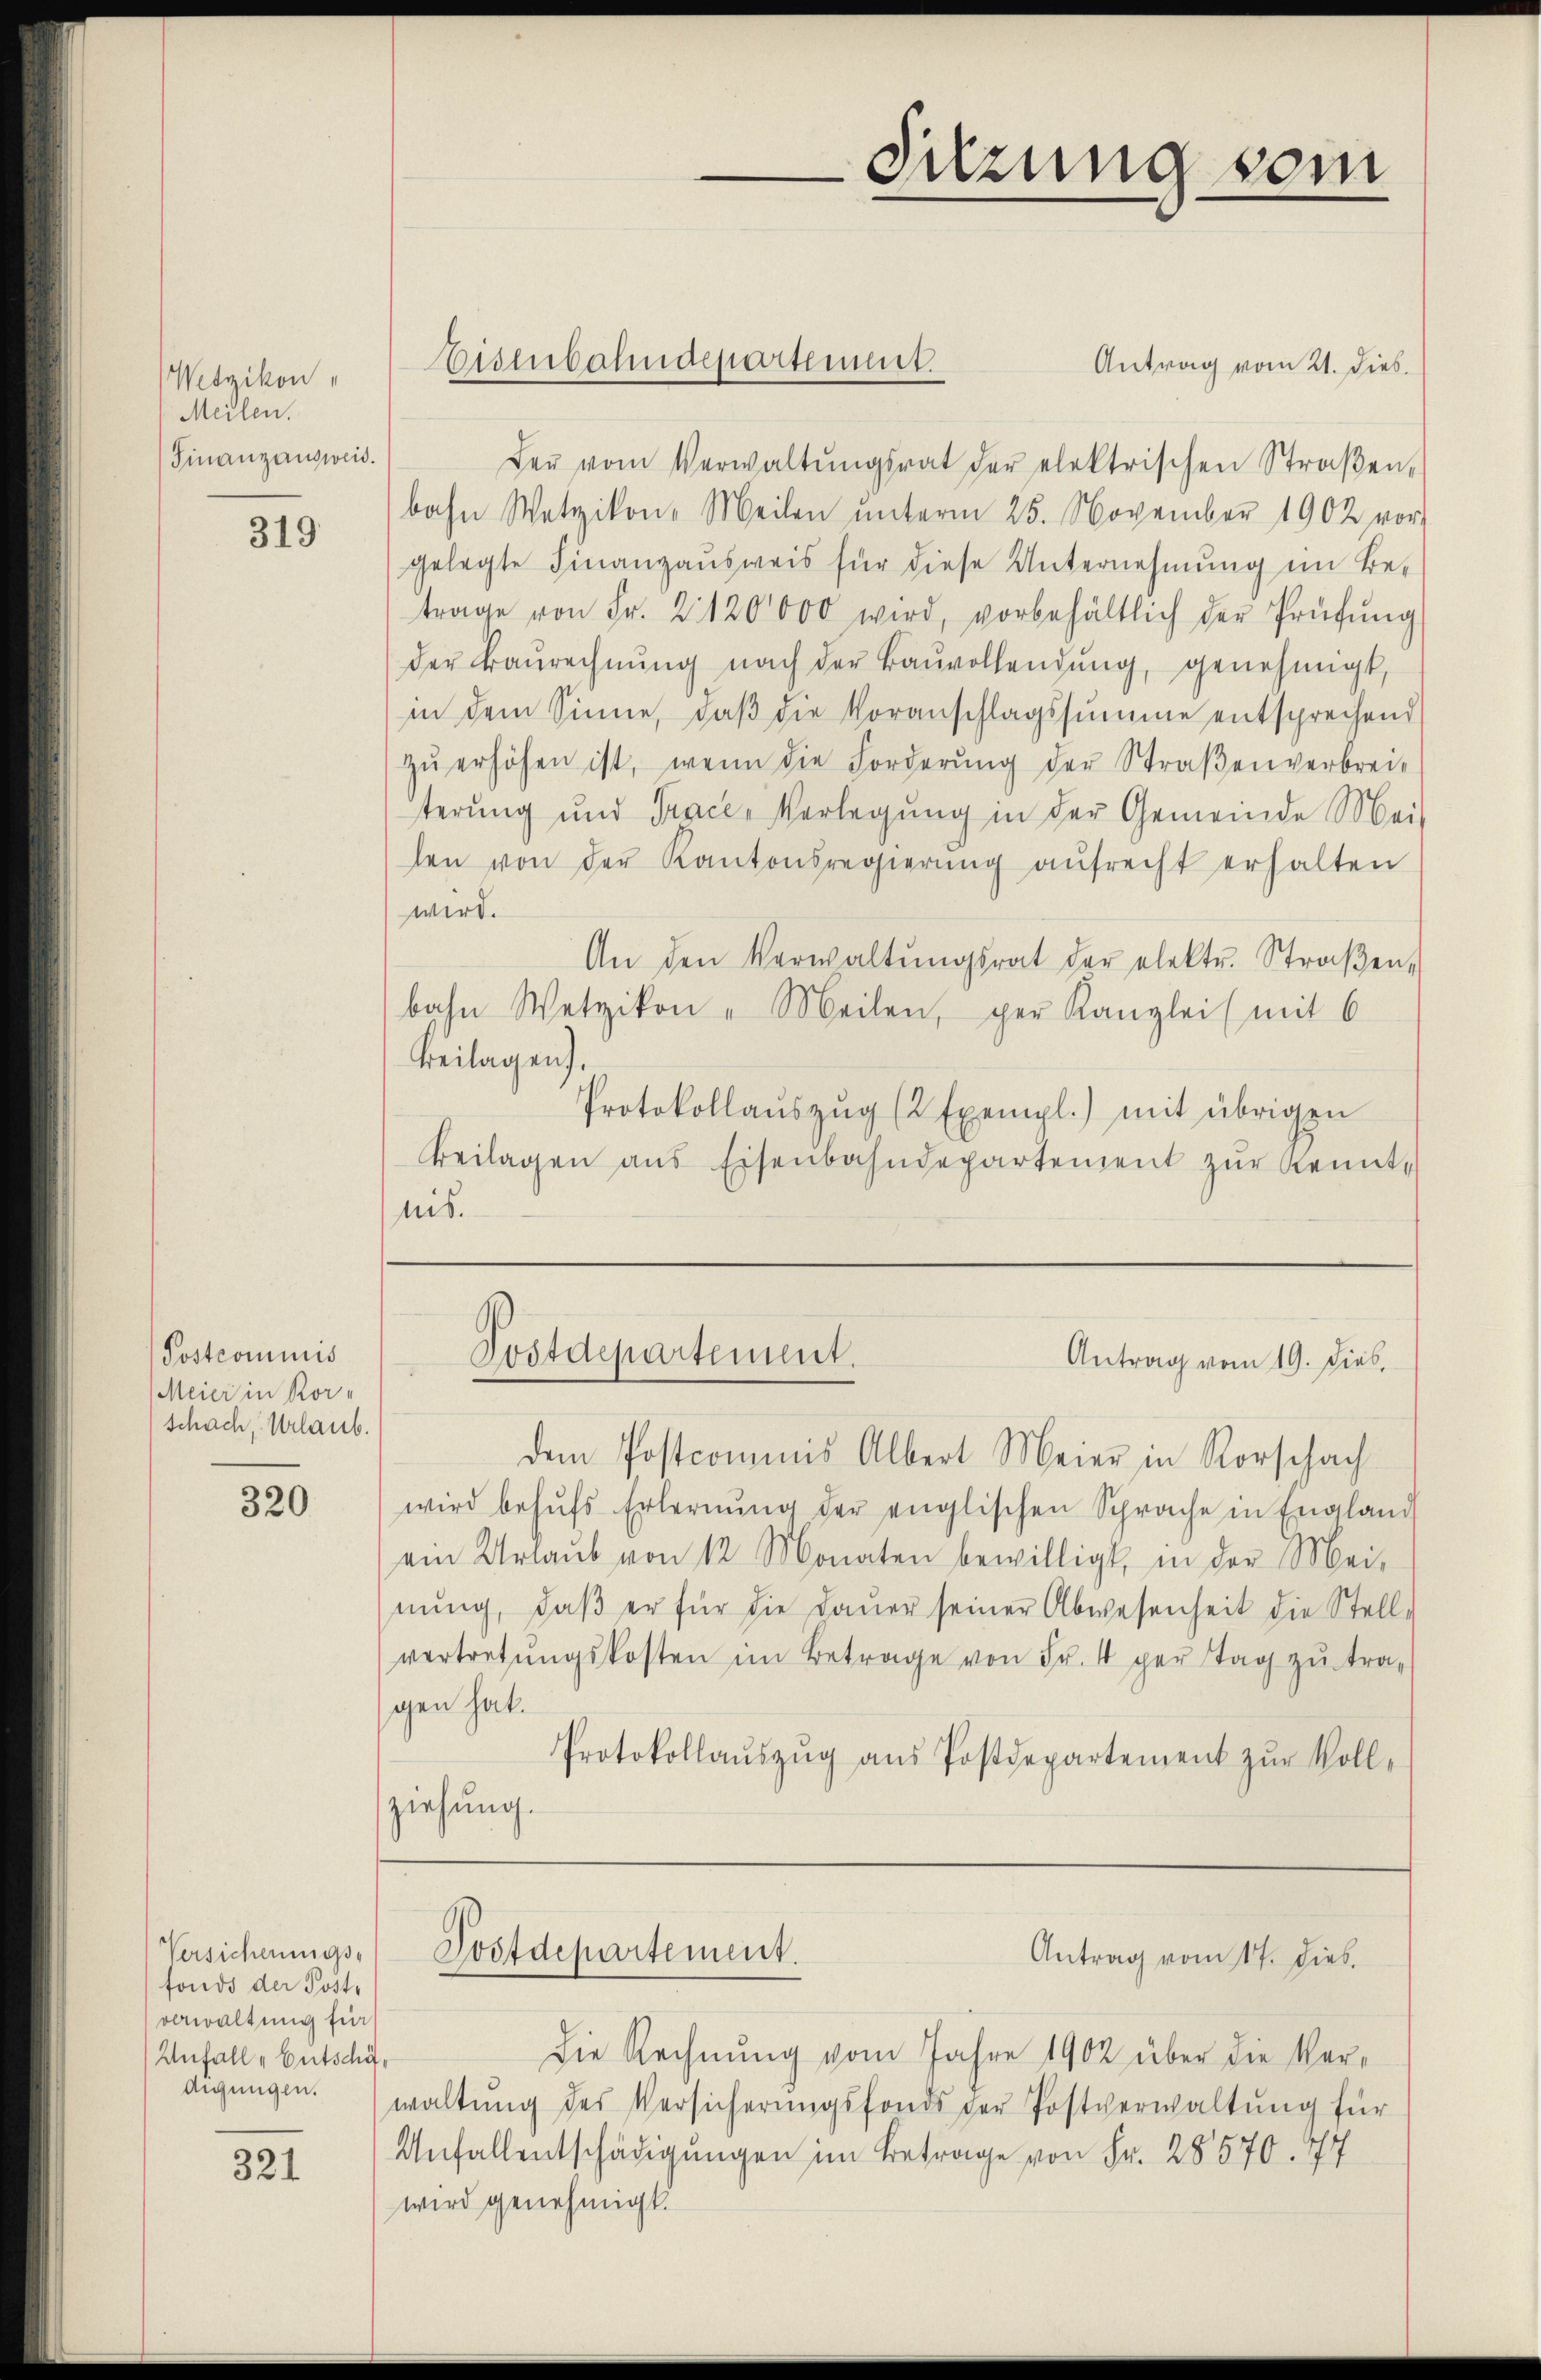
Wetzikon,
Meilen.
Finanzausweis.

319

Postcommis
Meier in Kor-
Schach, Urlaub.

320

Versicherungs-
fonds der Postverwaltung für
Anfall - Entschädigungen.

321

Antrag vom 21. Dieb.
der vom Verwaltŭngsrat der elektrischen Straβen-
bahn Wetzikon-Meilen ŭnterm 25. November 1902 vor
gelegte Finanzausweis für diese Unternehmung im Be-
trage von Fr. 2120000 wird, vorbehältlich der Prüfŭng
der Baurechnŭng nach der Baŭvollendŭng, genehmigt,
in dem Sinne, daβ die Voranschlagssumme entsprechend
zŭ erhöhen ist, wenn die Forderŭng der Straβenverbrei-
terŭng und Tracke Verlegŭng in der Gemeinde Mei-
len von der Kantonsregierŭng aŭfrecht erhalten
wird.
An den Verwaltŭngsrat der elektr. Straβen-
bahn Wetzikon - Meilen, per Kanzlei mit 6
Beilagen.
Protokollaŭszŭg (2 Exempl.) mit übrigen
Beilagen aus Eisenbahndepartement zŭr Kennt,
nis.

Eisenbahndepartement.

Postdepartement.
Antrag vom 19. Dieb

dem Postcommis Albert Meier in Rorschach
wird behŭfs Erlernŭng der englischen Sprache in England
ein Urlaŭb von 12 Monaten bewilligt, in der Mei-
nŭng, daβ er für die Daŭer seiner Abwesenheit die Stell-
vertretŭngskosten im Betrage von Fr. 4 per Tag zu tra-
gen hat.
Protokollaŭszŭg aŭs Postdepartement zŭr Voll-
ziehung.

Postdepartement.

Sitzung vom

Antrag vom 17. dies.

Die Rechnung vom Jahre 1902 über die Verwaltung des Versicherungsfonds der Postverwaltung für
Anfallentschädigungen im Betrage von Fr. 28570. 777
wird genehmigt.